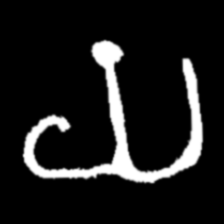
Pyu character \u2014 Myanmar letter: ယ (romanized: ya)